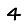
Digit: 4